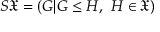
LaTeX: S { \mathfrak { X } } = ( G | G \leq H , \ H \in { \mathfrak { X } } )